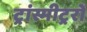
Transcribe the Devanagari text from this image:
ट्रांस्मीट्ररों